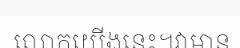
លោកយើងនេះ។វាមាន